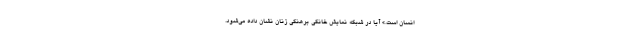
انسان است.» آیا در شبکه نمایش خانگی برهنگی زنان نشان داده می‌شود.